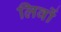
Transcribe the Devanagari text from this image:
लिवों